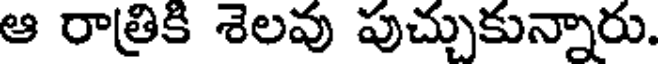
ఆ రాత్రికి శెలవు పుచ్చుకున్నారు.